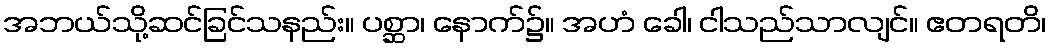
အဘယ်သို့ဆင်ခြင်သနည်း။ ပစ္ဆာ၊ နောက်၌။ အဟံ ခေါ၊ ငါသည်သာလျင်။ ဧတရတိ၊